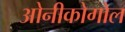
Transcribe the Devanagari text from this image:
ओनीकोगोल